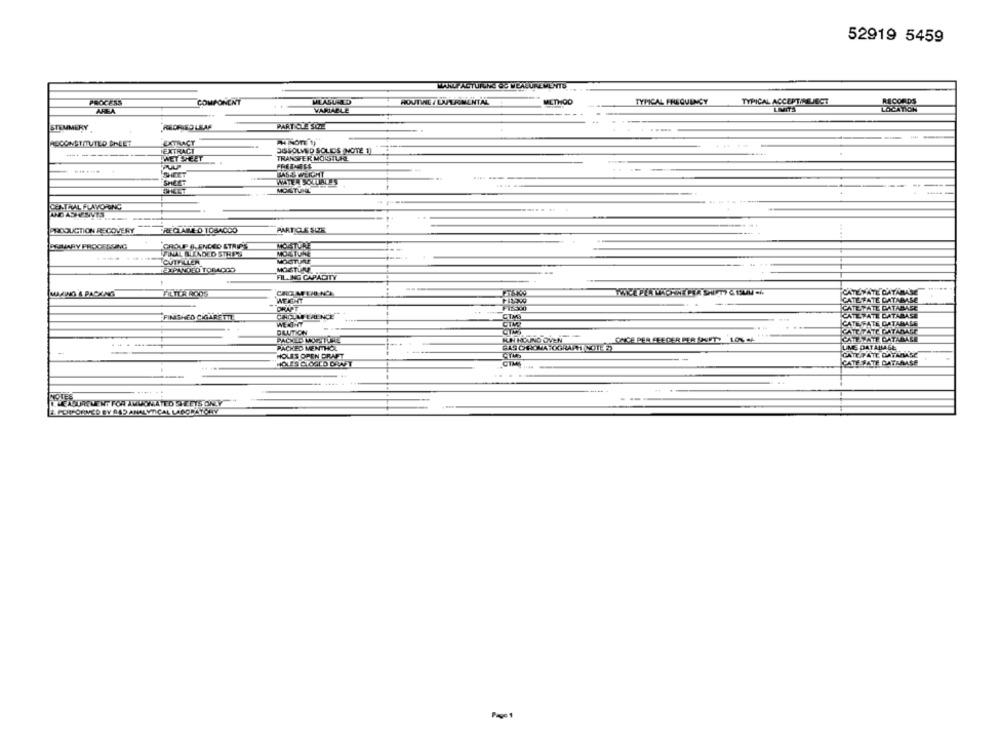
52919 5459
LAALP ACTUALNE &S MEASUREMENTS
PROCESS
COMPONENT
MEASURED
HOUTWE / LATAMENTAL
TYPICAL FREQUENCY
TYPICAL ACCEPT/REJECT
RECORDS
AREA
VARIABLE
LOCATION
--
STEMMERY
REDRED LEAF
PARTICLE SIZE
EXTRACT
PHINOTE 1)
IEXTRACT
DISSOLVED SOLIDIS (NOTE 1)
TRANSFER MOISTURE
WE EZEET
..
--
WATER SOLLIALES
MOATUNEL
AMOFONG
...... ...
PRODUCTION RECOVERY
RECLAME D TOBACCO
PARTICLE SIZE
MOISTURE
SROUP O ENLED STRIPS
INKL BLENDED STHES
---------
CUTFLIER
MOISTURE
EXPL NORD TORLOGO
MO&TIMI
FILLING CAPACITY
CATE PATE DATARAS
MAKING & PACKING
PISKN
WEIGHT
DRAPT
FINISHED CIGARETTA
CHOLAWERENCE
CUMS
WE HIT
ATE FATE GATAN
OLUTION
CATETATE CATANA
OVEN
ICATE TATE CATALALE
PACKED MEN HOL
LIME DATABASE
HOLES OREN DRAFT
CATE FATE DATABASE
CATE HATE DATEAASE
OLURLEN FOR ALUCKATD STETS ONY
AL LAGOBATOHY
Page